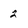
Character: 2